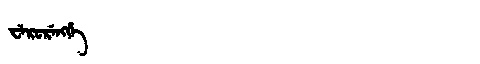
Manchu: ᠸᡝᡵᡠᡵᡝᠩᡤᡝ
Romanization: WERURENGGE